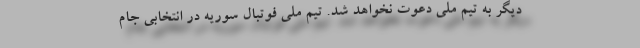
دیگر به تیم ملی دعوت نخواهد شد. تیم ملی فوتبال سوریه در انتخابی جام